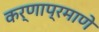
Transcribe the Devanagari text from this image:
कर्णाप्रमाणे